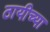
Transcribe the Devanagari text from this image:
ठायीच्या